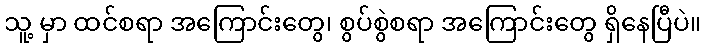
သူ့ မှာ ထင်စရာ အကြောင်းတွေ၊ စွပ်စွဲစရာ အကြောင်းတွေ ရှိနေပြီပဲ။